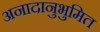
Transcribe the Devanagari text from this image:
अनादानुभुमित